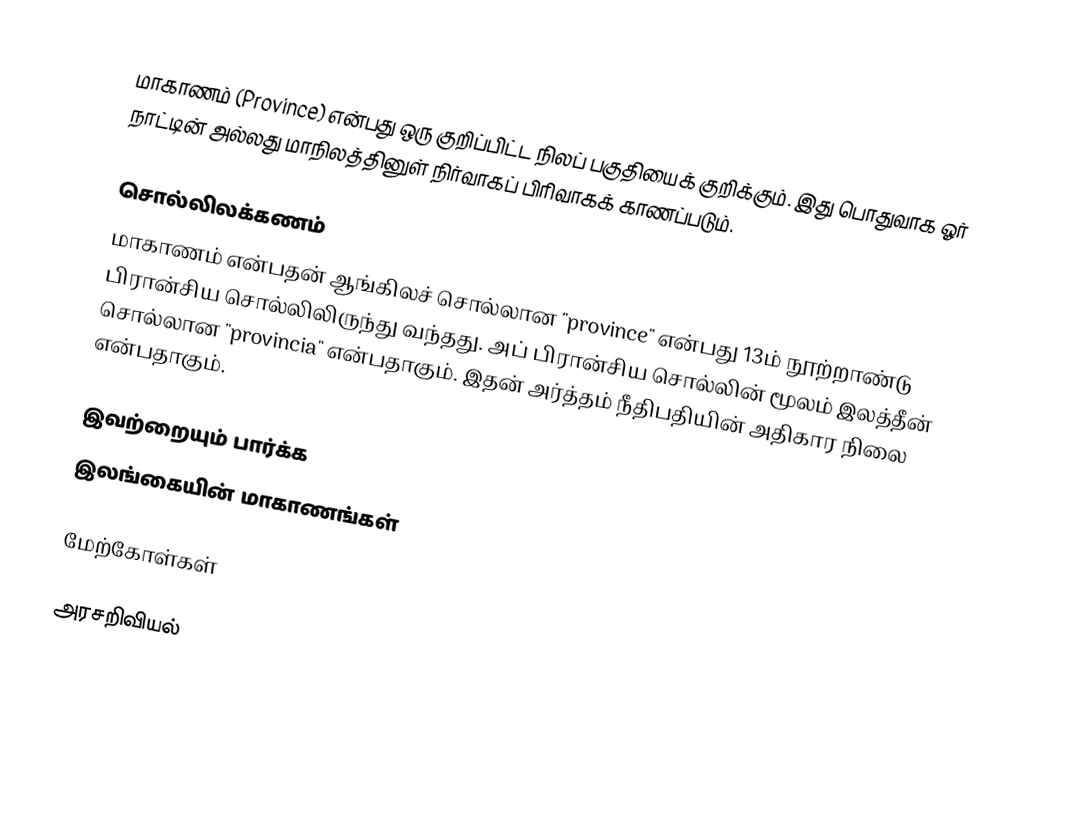
மாகாணம் (Province) என்பது ஒரு குறிப்பிட்ட நிலப் பகுதியைக் குறிக்கும். இது பொதுவாக ஓர் நாட்டின் அல்லது மாநிலத்தினுள் நிர்வாகப் பிரிவாகக் காணப்படும்.

சொல்லிலக்கணம்
மாகாணம் என்பதன் ஆங்கிலச் சொல்லான "province" என்பது 13ம் நூற்றாண்டு பிரான்சிய சொல்லிலிருந்து வந்தது. அப் பிரான்சிய சொல்லின் மூலம் இலத்தீன் சொல்லான "provincia" என்பதாகும். இதன் அர்த்தம் நீதிபதியின் அதிகார நிலை என்பதாகும்.

இவற்றையும் பார்க்க
இலங்கையின் மாகாணங்கள்

மேற்கோள்கள்

அரசறிவியல்